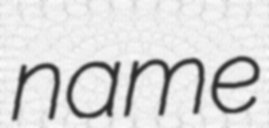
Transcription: name